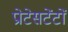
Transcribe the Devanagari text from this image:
प्रोटेसटेंटों